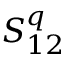
S _ { 1 2 } ^ { q }